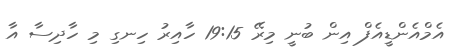
އެމްއެންޑީއެފް އިން ބުނީ މިރޭ 19:15 ހާއިރު ހިނގި މި ހާދިސާ އާ